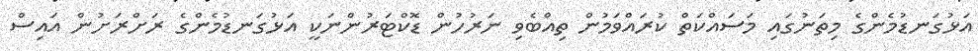
އަޅުގަނޑުމެންގެ މިތަނުގައި މަސައްކަތް ކުރައްވަމުން ތިއްބެވި ނަރުހުން ޑޮކްޓަރުންނަކީ އަޅުގަނޑުމެންގެ ރަށްރަށުން އައިސް